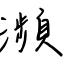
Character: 瀕